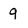
Character: 9